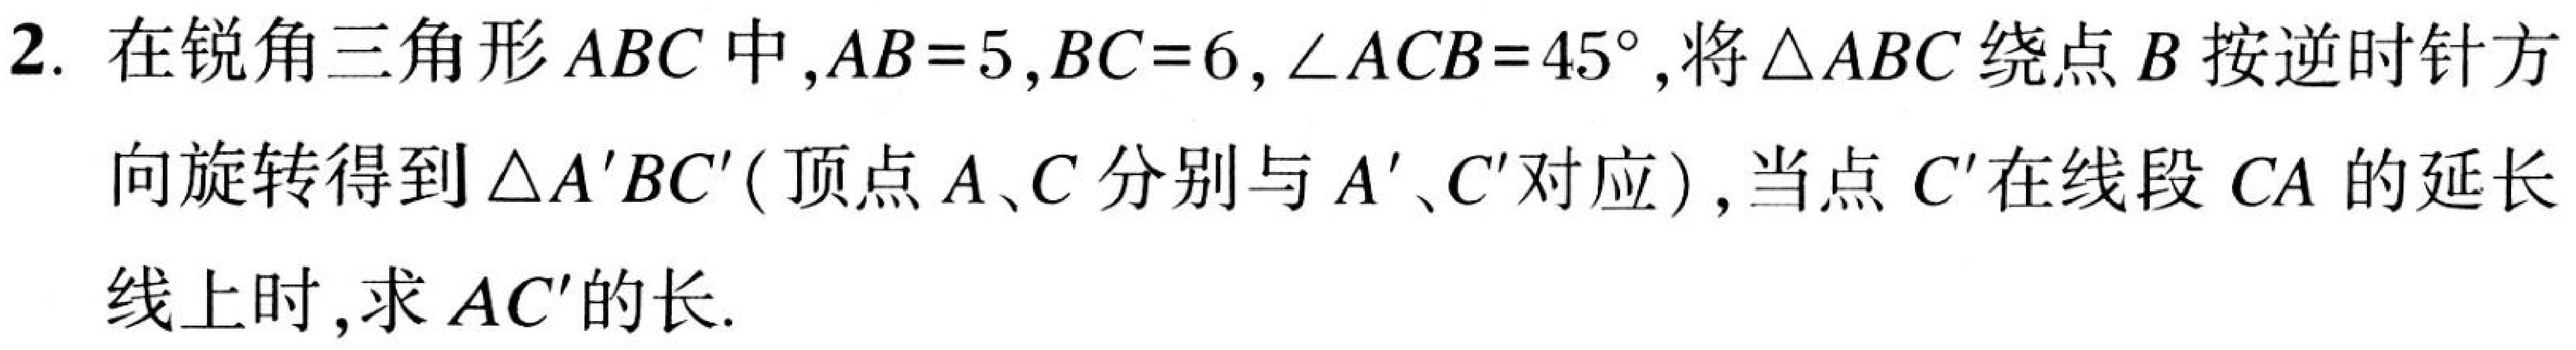
2. 在锐角三角形 \(ABC\) 中，\(AB = 5\)，\(BC = 6\)，\(\angle ACB = 45^{\circ}\)，将 \(\triangle ABC\) 绕点 \(B\) 按逆时针方向旋转得到 \(\triangle A'BC'\)（顶点 \(A\)、\(C\) 分别与 \(A'\)、\(C'\) 对应），当点 \(C'\) 在线段 \(CA\) 的延长线上时，求 \(AC'\) 的长.